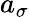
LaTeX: a_{\sigma}